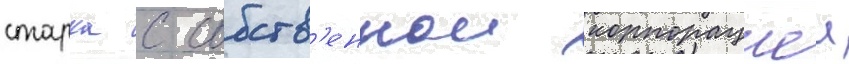
старка с собств'еннои корпорациеи